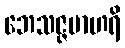
ဘေသဇ္ဇမာဟရိ